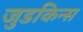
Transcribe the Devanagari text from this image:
जुडकिन्स